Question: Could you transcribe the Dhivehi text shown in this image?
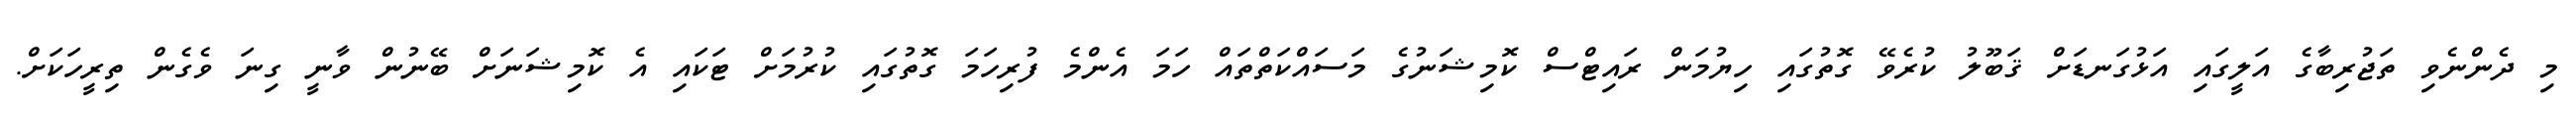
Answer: މި ދެންނެވި ތަޖުރިބާގެ އަލީގައި އަޅުގަނޑަށް ޤަބޫލު ކުރެވޭ ގޮތުގައި ހިޔުމަން ރައިޓްސް ކޮމިޝަނުގެ މަސައްކަތްތައް ހަމަ އެންމެ ފުރިހަމަ ގޮތުގައި ކުރުމަށް ޓަކައި އެ ކޮމިޝަނަށް ބޭނުން ވާނީ ގިނަ ވެގެން ތިރީހަކަށް.